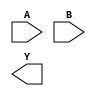
module sky130_fd_sc_hd__nand2 (
    //# {{data|Data Signals}}
    input  A,
    input  B,
    output Y
);

    // Voltage supply signals
    supply1 VPWR;
    supply0 VGND;
    supply1 VPB ;
    supply0 VNB ;

endmodule